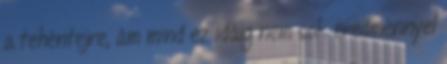
a tehéntejre, ám mind ez idáig nem sok eredménnyel